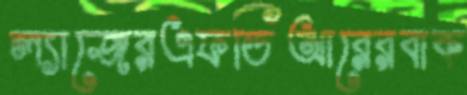
ল্যাজেরএফডিআরেরবাক